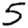
Digit: 5